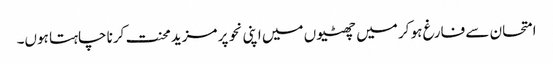
امتحان سے فارغ ہو کر میں چھٹیوں میں اپنی نحو پر مزید محنت کرنا چاہتا ہوں۔